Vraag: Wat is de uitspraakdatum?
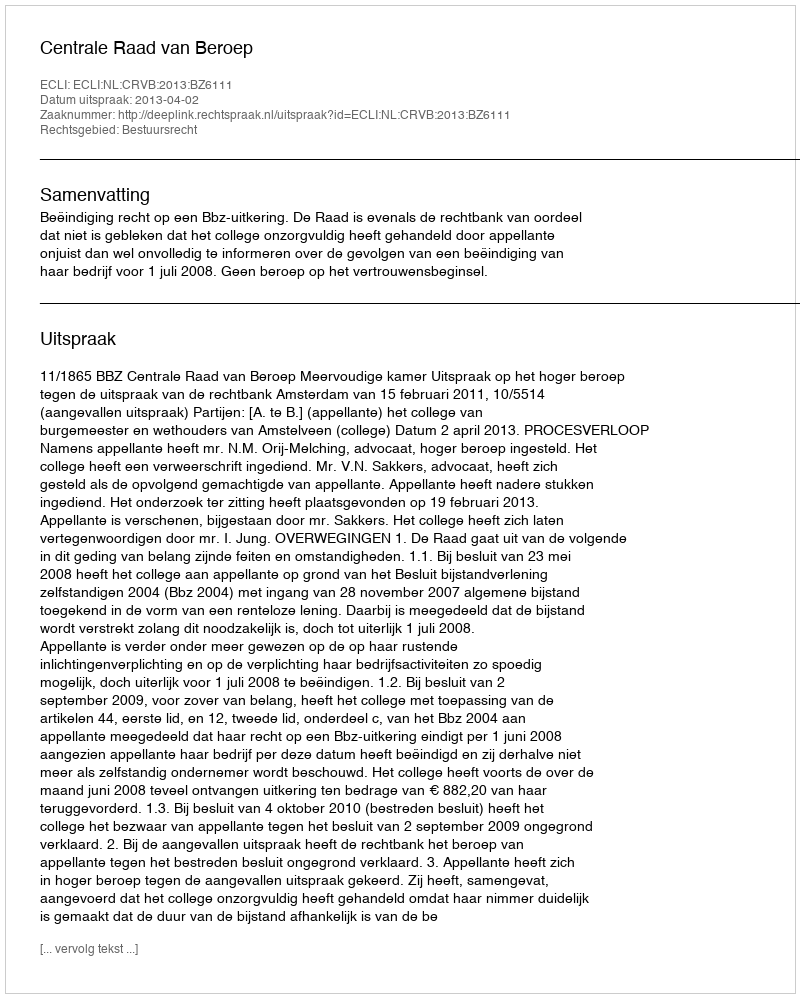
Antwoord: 2013-04-02